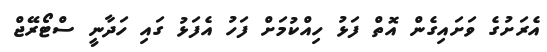
އެރަށުގެ ވަށައިގެން އޮތް ފަޅު ހިއްކުމަށް ފަހު އެފަޅު ގައި ހަދާނީ ސްޓޯރޭޖް